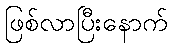
ဖြစ်လာပြီးနောက်